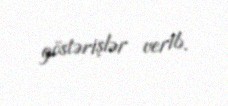
göstərişlər verib.